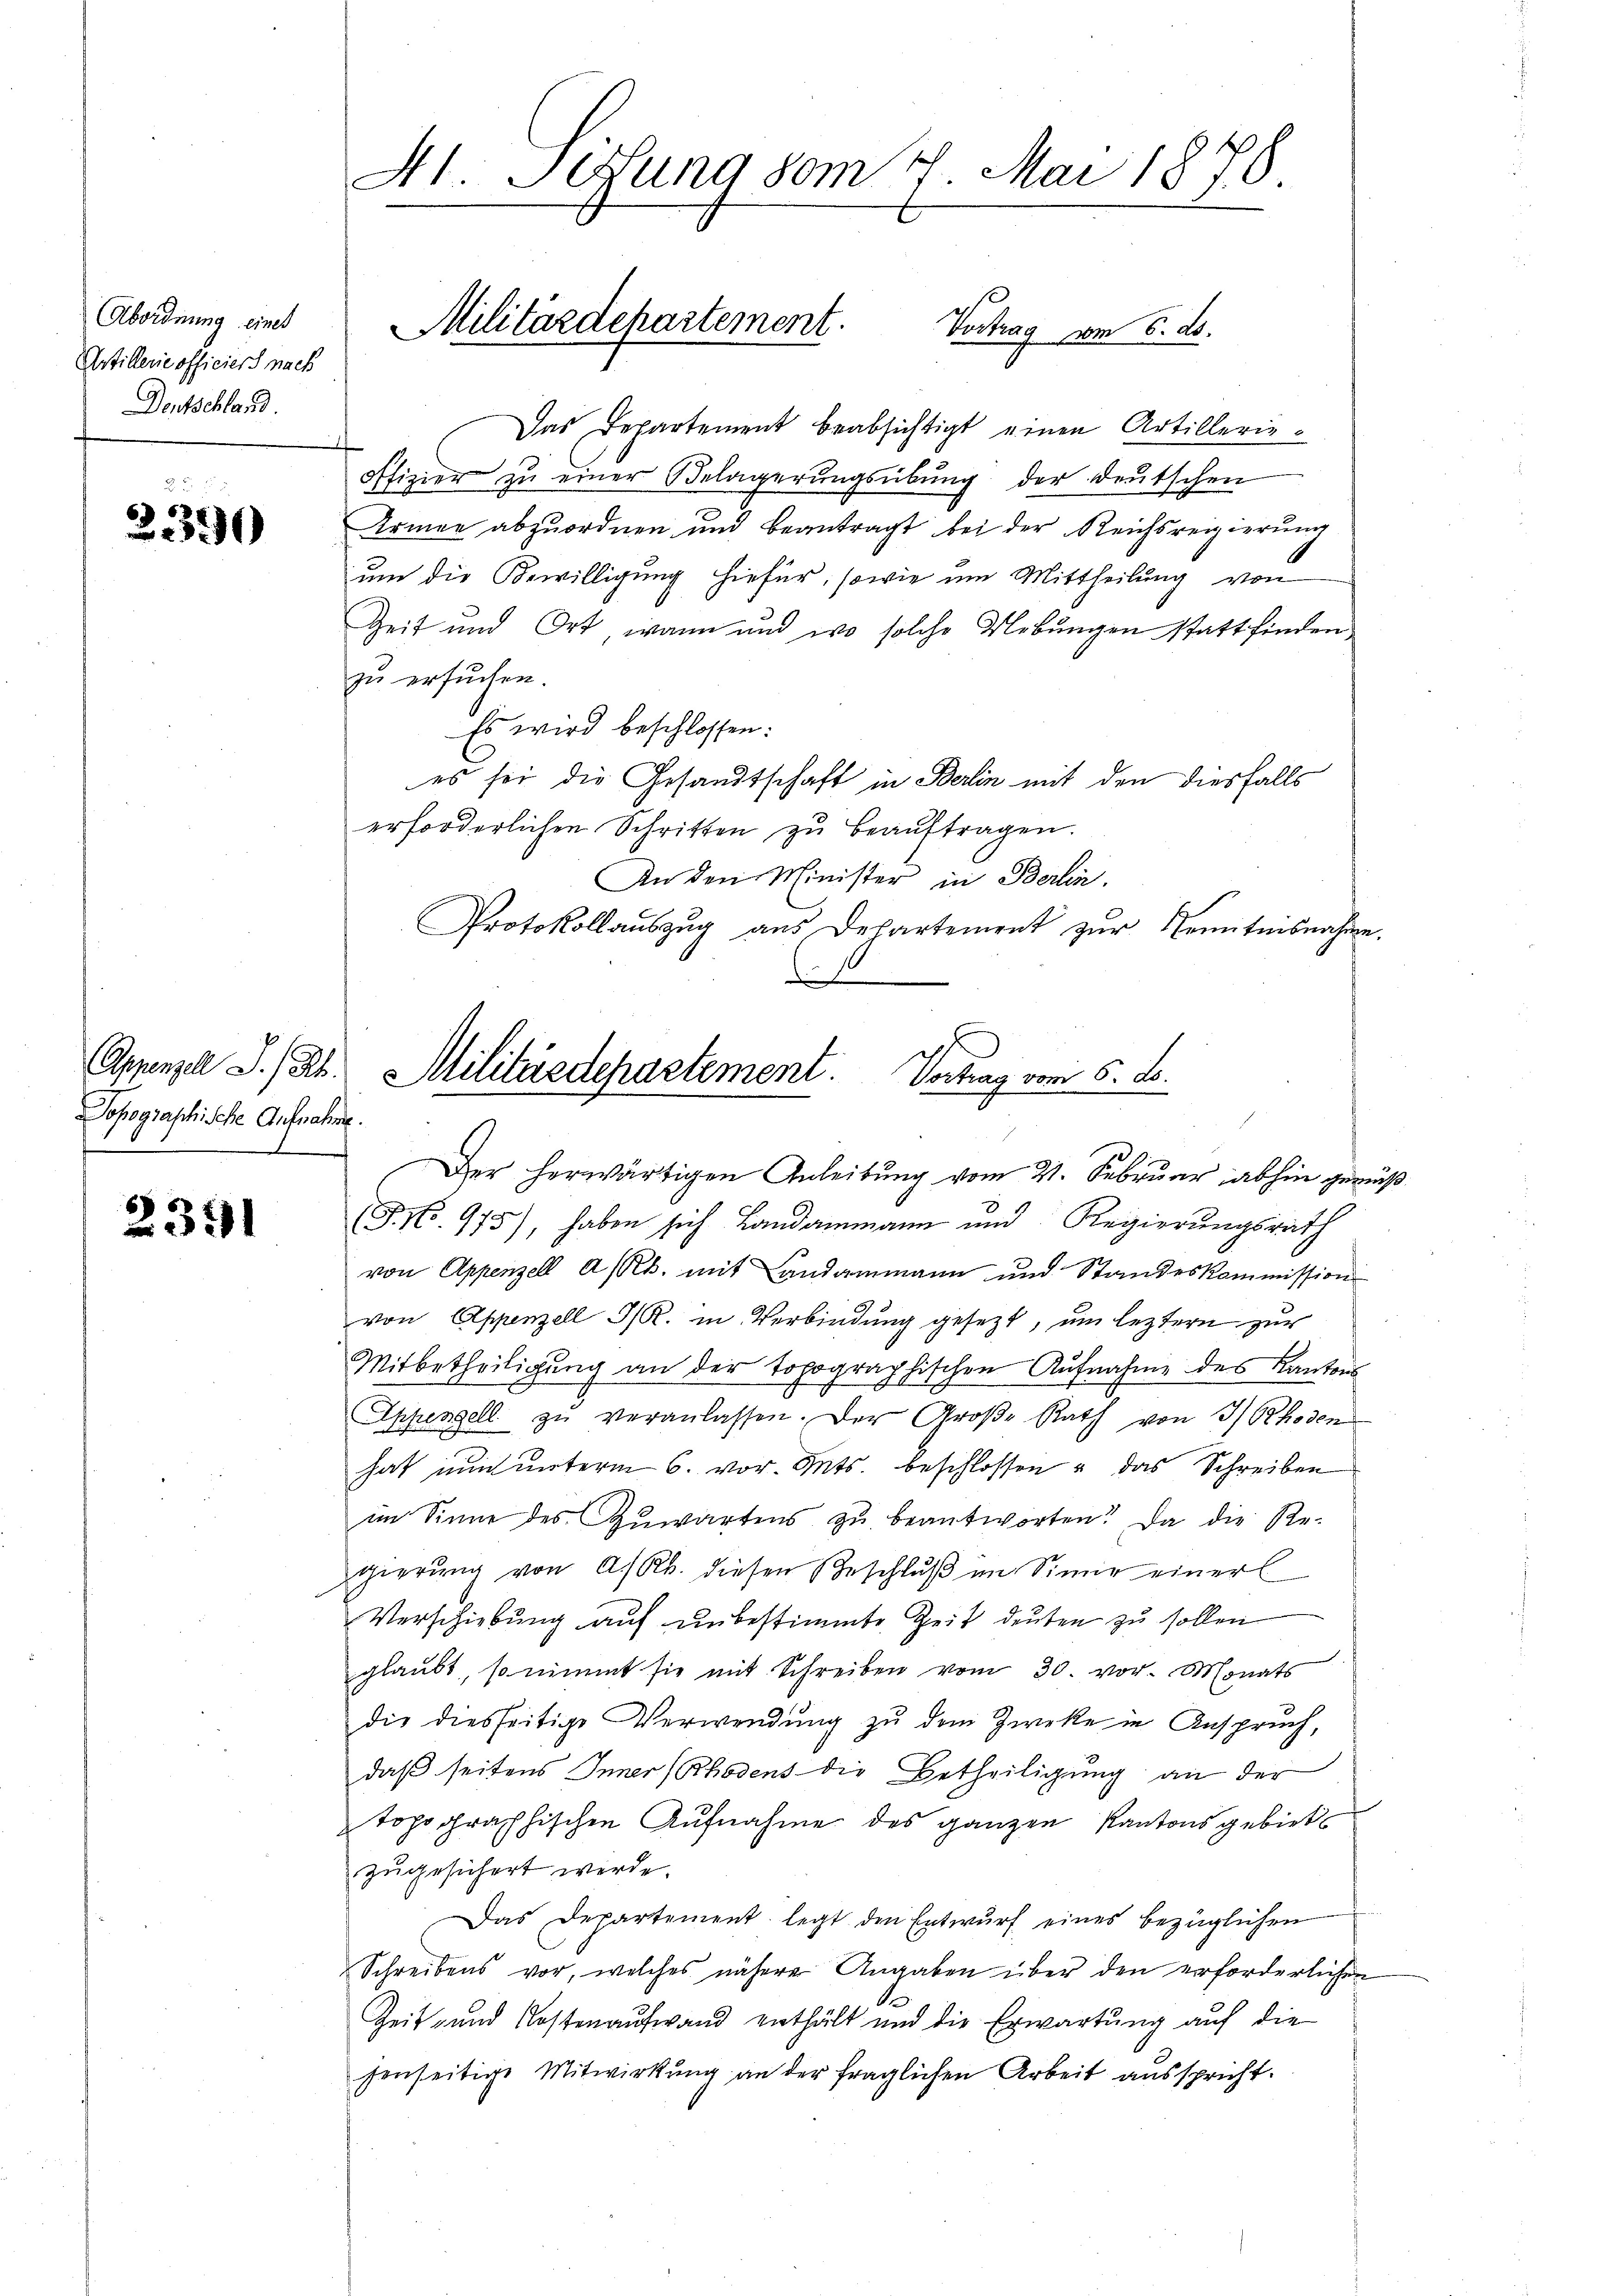
Abordnung eines
Artillerie officiers nach
Dentschland

u
2390

Appenzell I.-Rh.
Topographische Aufnahme.

23191

Hl. Gesung vom 4. Mai 1878

Das Departement beabsichtigt einen Artillerie-
offizier zu einer Belagerungsübung der deutschen
Armee abzuordnen und beantragt bei der Reichsregierung
um die Bewilligung hiefür; sowie um Mittheilung von
Zeit und Ort, wann und wo solche Uebungen stattfinden
zu ersuchen.
Es wird beschlossen:
es sei die Gesandtschaft in Berlin mit den diesfalls
erforderlichen Schritten zu beauftragen.
An den Minister in Berlin.
Protokollauszug aus Departement zur Kenntnisnahme.

Militärdepartement.
Vortrag vom 6. ds.

(P.N. 975), haben sich Landammann und Regierungsrath
von Appenzell a/Rh. mit Landammann und Standeskommission
von Appenzell I/R. in Verbindung gesezt, um leztern zur
Mitbetheiligung an der topographischen Aufnahme des Kantons
Eppenzell zŭ veranlassen. Der Große Rath von 3/Rhoden
hat nun unterm 6. vor. Mts. beschlossen u das Schreiben
im Sinne des Zuwartens zu beantworten? Da die Regierŭng von A. R. diesen Beschlŭβ im Simir einer
Verschiebung auf unbestimmte Zeit deuten zu sollen
glaubt, so nimmt sie mit Schreiben vom 30. vor. Monats
die diesseitige Verwendung zu dem Zwecke in Anspruch,
daß seitens Inner (Rhodens die Betheiligung an der
topographischen Aufnahme des ganzen Kantonsgebiet
zugesichert werde.
Das Departement legt den Entwurf eines bezüglichen
Schreibens vor, welches nähere Angaben über den erforderlichen
Zeit- und Kostenaufwand enthält und die Erwartung auf die
fenseitige Mitwirkung an der fraglichen Arbeit ausspricht.

Militärdepartement. Vortrag vom 6. ds.
Der herwärtigen Anleitung vom 21. Februar abhin geweß